system: You are a helpful assistant.
user:
Analyze the provided spectrum to determine if it is a **Carbon Star (C-type)**.

- **Key Visual Indicators of Carbon Star:**
    - **(Primary):** Strong molecular absorption from **C₂ (diatomic carbon) "Swan Bands."** This is the **defining feature** of a carbon star.
        - **(Key Bandheads):** Sharp absorption edges are visible at approximately $5635$ Å, $5165$ Å (the strongest band), and $4737$ Å.
        - **(Line Profile):** Creates a distinct **"saw-tooth"** pattern. The key morphology is a sharp, steep bandhead on the **red (long-wavelength) side**, which then gradually tapers off (i.e., flux recovers) towards the **blue (short-wavelength) side**. *(This is the direct opposite of the TiO bands seen in M-type stars)*.

    - **(Secondary):** Intense **CN (cyanogen)** molecular absorption bands.
        - **(Key Bandheads):** Located in the blue and violet regions of the spectrum (e.g., near $4215$ Å and $3883$ Å).
        - **(Morphology):** These bands are extremely broad and act as a "blanket," absorbing the vast majority of blue and violet light. This creates a characteristic **"cliff"** or **"steep drop-off"** in the spectrum's flux at short wavelengths.

    - **(Key Confirmation):** Strong **CH absorption band (G-band)**.
        - **(Key Bandhead):** Located around $4300$ Å. The contribution from CH molecules to this band is exceptionally strong.

    - **(Overall Spectrum):**
        - The continuum is severely "chopped up" by these deep molecular bands, especially C₂, rather than appearing as a smooth curve.
        - Due to the heavy CN and C₂ absorption in the blue-green, the vast majority of the star's flux is concentrated in the red part of the spectrum, giving the star its characteristic deep red color.

Think first, call **spectral_visualization_tool** if needed to examine features in detail, then provide your final answer. Your response must adhere to the following strict rules:
1.  **Overall Structure:** Your response must follow the format `<think>...</think> <tool_call>...</tool_call> (if a tool is used) <answer>...</answer>`.
2.  **Tool Usage Constraint:** You may only make **one** tool call per turn.
3.  **Final Answer Format:** In the `<answer>` tag, your conclusion must be inside a `\boxed{}` command (e.g., `\boxed{YES}`), followed by your justification.

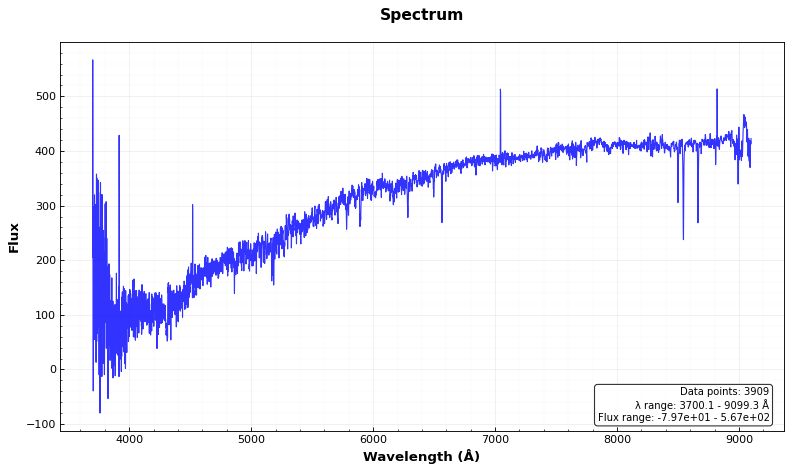
Answer: NO